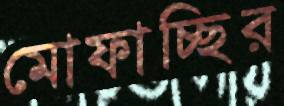
মোফাচ্ছির